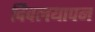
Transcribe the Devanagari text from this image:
दिवलयापन